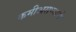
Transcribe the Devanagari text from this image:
कमीअसण्याचे